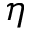
\eta